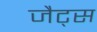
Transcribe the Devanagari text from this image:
जैट्स